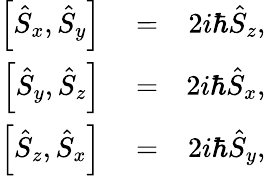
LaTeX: \begin{array}{rlr}{\left[\hat{S}_{x},\hat{S}_{y}\right]}&{{}=}&{2i\hbar\hat{S}_{z},}\\ {\left[\hat{S}_{y},\hat{S}_{z}\right]}&{{}=}&{2i\hbar\hat{S}_{x},}\\ {\left[\hat{S}_{z},\hat{S}_{x}\right]}&{{}=}&{2i\hbar\hat{S}_{y},}\end{array}